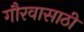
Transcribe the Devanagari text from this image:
गौरवासाठी